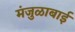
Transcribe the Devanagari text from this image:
मंजुळाबाई